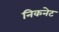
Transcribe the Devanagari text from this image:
निकनेट